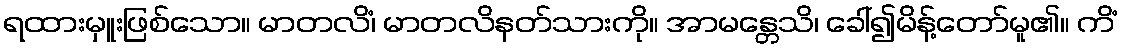
ရထားမှူးဖြစ်သော။ မာတလိံ၊ မာတလိနတ်သားကို။ အာမန္တေသိ၊ ခေါ်၍မိန့်တော်မူ၏။ ကိံ